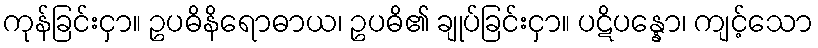
ကုန်ခြင်းငှာ။ ဥပဓိနိရောဓာယ၊ ဥပဓိ၏ ချုပ်ခြင်းငှာ။ ပဋိပန္နော၊ ကျင့်သော